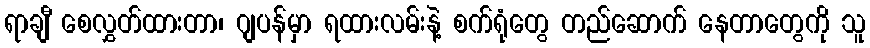
ရာချီ စေလွှတ်ထားတာ၊ ဂျပန်မှာ ရထားလမ်းနဲ့ စက်ရုံတွေ တည်ဆောက် နေတာတွေကို သူ